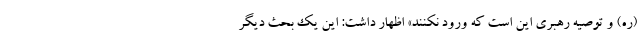
(ره) و توصیه رهبری این است که ورود نکنند» اظهار داشت: این یک بحث دیگر